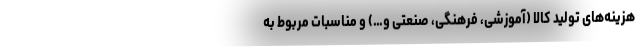
هزینه‌های تولید کالا (آموزشی، فرهنگی، صنعتی و…) و مناسبات مربوط به